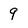
Character: 9